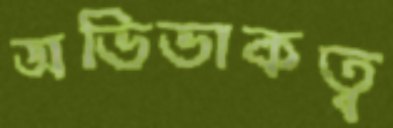
অভিভাকত্ব